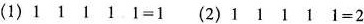
(1)1\Box 1\Box 1\Box 1\Box 1=1(2)1\Box 1\Box 1\Box 1\Box 1=2